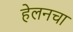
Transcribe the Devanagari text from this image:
हेलनचा